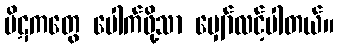
ပိဋကတွေ ပေါက်ဖို့သာ မျှော်လင့်ပါတယ်။